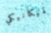
الميكانيكي